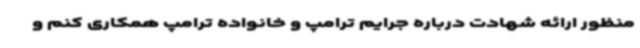
منظور ارائه شهادت درباره جرایم ترامپ و خانواده ترامپ همکاری کنم و